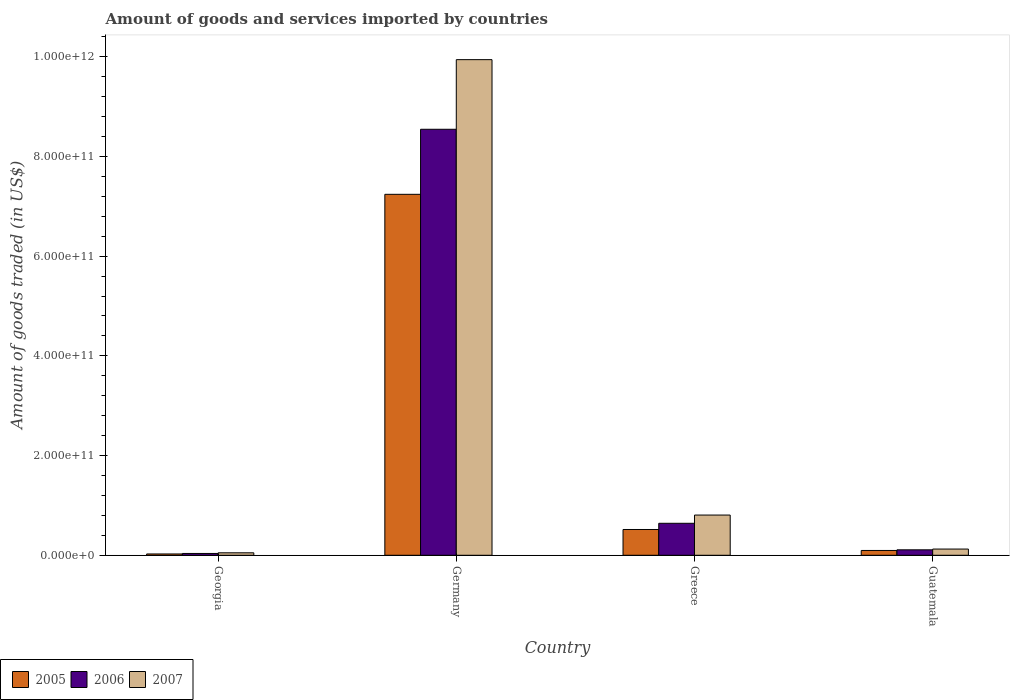
| Country | 2005 | 2006 | 2007 |
 | --- | --- | --- | --- |
 | Georgia | 2.63e+09 | 3.64e+09 | 4.94e+09 |
 | Germany | 7.24e+11 | 8.54e+11 | 9.94e+11 |
 | Greece | 5.17e+10 | 6.42e+10 | 8.07e+10 |
 | Guatemala | 9.65e+09 | 1.09e+10 | 1.25e+10 |